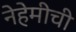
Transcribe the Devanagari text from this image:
नेहेमीची